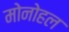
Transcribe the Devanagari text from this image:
मोनोहल